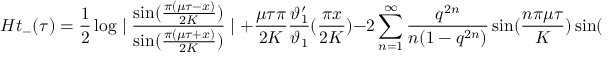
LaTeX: H t _ { - } ( \tau ) = \frac { 1 } { 2 } \log \mid \frac { \sin ( \frac { \pi ( \mu \tau - x ) } { 2 K } ) } { \sin ( \frac { \pi ( \mu \tau + x ) } { 2 K } ) } \mid + \frac { \mu \tau \pi } { 2 K } \frac { \vartheta _ { 1 } ^ { \prime } } { \vartheta _ { 1 } } ( \frac { \pi x } { 2 K } ) - 2 \sum _ { n = 1 } ^ { \infty } \frac { q ^ { 2 n } } { n ( 1 - q ^ { 2 n } ) } \sin ( \frac { n \pi \mu \tau } { K } ) \sin ( \frac { n \pi x } { K } ) ,